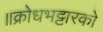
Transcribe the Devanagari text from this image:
॥क्रोधभट्टारको